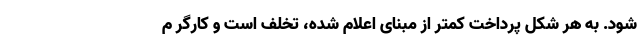
شود. به هر شکل پرداخت کمتر از مبنای اعلام شده، تخلف است و کارگر م